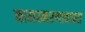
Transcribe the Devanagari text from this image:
नामस्मरणाबाबत